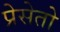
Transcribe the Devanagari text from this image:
प्रेसेतो